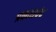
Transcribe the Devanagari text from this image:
प्रकाशचंद